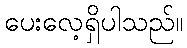
ပေးလေ့ရှိပါသည်။